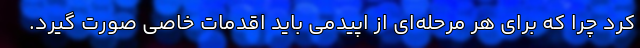
کرد چرا که برای هر مرحله‌ای از اپیدمی باید اقدمات خاصی صورت گیرد.